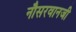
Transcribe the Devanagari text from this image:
नौसरवानजी